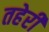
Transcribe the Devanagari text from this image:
तहेरी